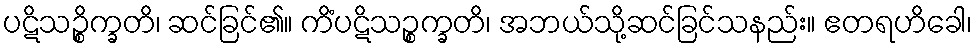
ပဋိသဉ္စိက္ခတိ၊ ဆင်ခြင်၏။ ကိံပဋိသဉ္စက္ခတိ၊ အဘယ်သို့ဆင်ခြင်သနည်း။ ဧတရဟိခေါ၊